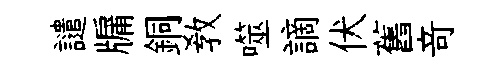
譴牖銅敎噬謫伏舊竒